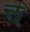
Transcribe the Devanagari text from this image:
ल्‌